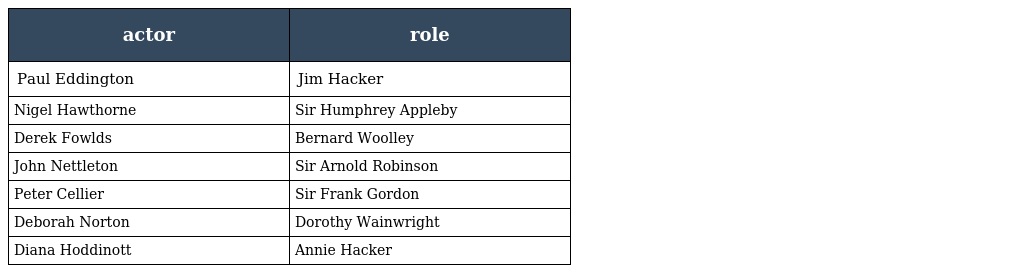
| actor | role |
 | --- | --- |
 | Paul Eddington | Jim Hacker |
 | Nigel Hawthorne | Sir Humphrey Appleby |
 | Derek Fowlds | Bernard Woolley |
 | John Nettleton | Sir Arnold Robinson |
 | Peter Cellier | Sir Frank Gordon |
 | Deborah Norton | Dorothy Wainwright |
 | Diana Hoddinott | Annie Hacker |